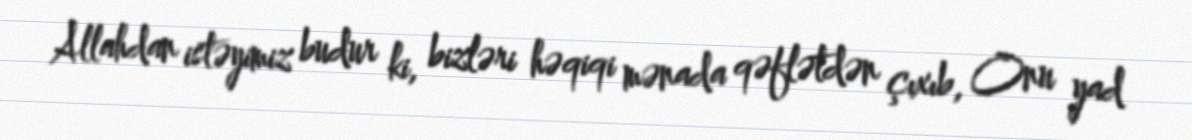
Allahdan istəyimiz budur ki, bizləri həqiqi mənada qəflətdən çıxıb, Onu yad